Day School Certificate (Higher), 1932
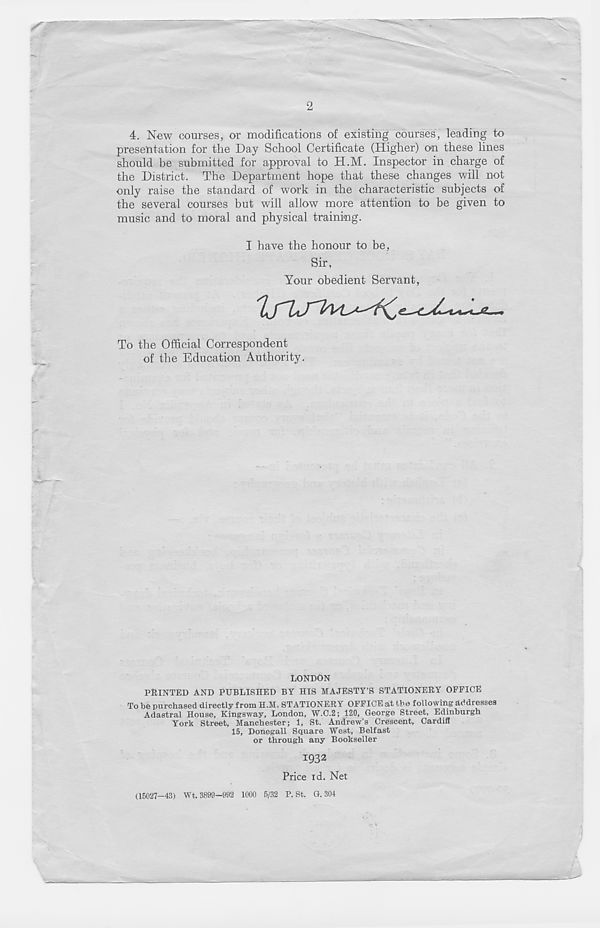
2
4. New courses, or modifications of existing courses, leading to
presentation for the Day School Certificate (Higher) on these lines
should be submitted for approval to H.M. Inspector in charge of
the District. The Department hope that these changes will not
only raise the standard of work in the characteristic subjects of
the several courses but will allow more attention to be given to
music and to moral and physical training.
I have the honour to be,
Sir,
Your obedient Servant,
To the Official Correspondent
of the Education Authority.
LONDON
POINTED AND PUBLISHED BV HIS MAJESTY’S STATIONERY OFFICE
To b© purchased directly from H.M. STATIONERY OFFICE at the following addresses
Adastral House, Kingsway, London, W.C.2; 120, George Street, Edinburgh
York Street, Manchester; 1, St. Andrew's Crescent, Cardiff
15, Donegall Square West, Belfast
or through any Bookseller
IQ32
Price id. Net
(15027—13) Wt. 3899-992 1000 5/32 P. St. G. 304